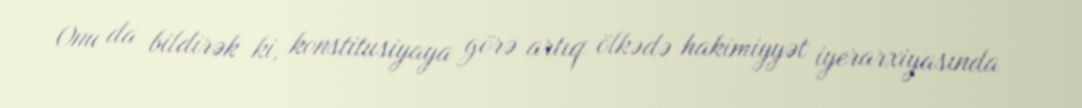
Onu da bildirək ki, konstitusiyaya görə artıq ölkədə hakimiyyət iyerarxiyasında